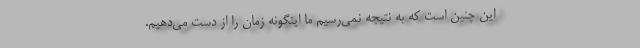
این چنین است که به نتیجه نمی‌رسیم ما اینگونه زمان را از دست می‌دهیم.